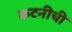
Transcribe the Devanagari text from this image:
कटनीची